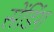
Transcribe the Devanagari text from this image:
सेंडिंग